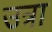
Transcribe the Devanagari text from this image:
उत्रा